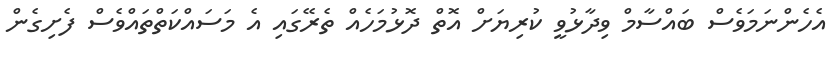
އެހެންނަމަވެސް ބައްސާމް ވިދާޅުވީ ކުރިޔަށް އޮތް ދޮޅުމަހެއް ތެރޭގައި އެ މަސައްކަތްތައްވެސް ފެށިގެން